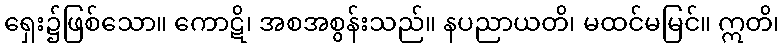
ရှေး၌ဖြစ်သော။ ကောဋိ၊ အစအစွန်းသည်။ နပညာယတိ၊ မထင်မမြင်။ ဣတိ၊